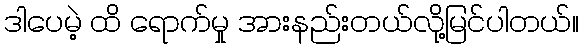
ဒါပေမဲ့ ထိ ရောက်မှု အားနည်းတယ်လို့မြင်ပါတယ်။